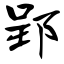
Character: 郢